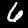
Label: 6